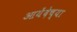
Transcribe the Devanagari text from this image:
आयेंदेच्या